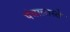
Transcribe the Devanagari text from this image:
पंचालास्ते